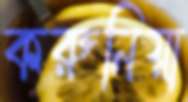
করুনিয়া